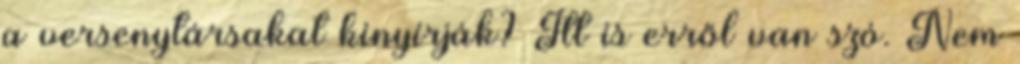
a versenytársakat kinyírják? Itt is erről van szó. Nem